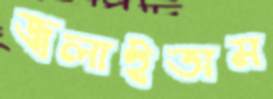
জ্বলাইতাম